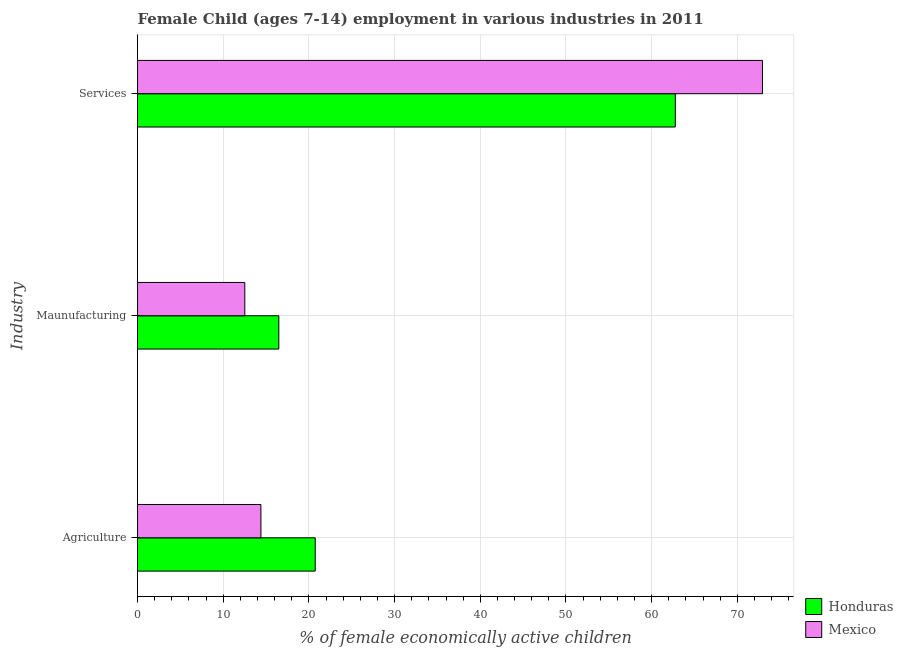
| Industry | Honduras | Mexico |
 | --- | --- | --- |
 | Agriculture | 20.7 | 14.4 |
 | Maunufacturing | 16.5 | 12.5 |
 | Services | 62.8 | 72.9 |